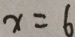
x = 6